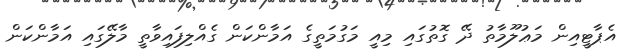
އެޕާޓީއިން މަޢުލޫމާތު ދޭ ގޮތުގައި މިއީ މަގުމަތީގެ އަމާންކަން ގެއްލިފައިވާތީ މާލޭގައި އަމާންކަން